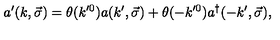
a ^ { \prime } ( k , \vec { \sigma } ) = \theta ( k ^ { \prime 0 } ) a ( k ^ { \prime } , \vec { \sigma } ) + \theta ( - k ^ { \prime 0 } ) a ^ { \dagger } ( - k ^ { \prime } , \vec { \sigma } ) ,